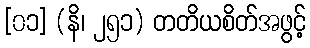
[၀၁] (နိ၊ ၂၅၁) တတိယစိတ်အဖွင့်